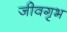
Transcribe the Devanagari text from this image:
जीवगृभ